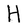
Character: H